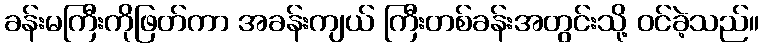
ခန်းမကြီးကိုဖြတ်ကာ အခန်းကျယ် ကြီးတစ်ခန်းအတွင်းသို့ ဝင်ခဲ့သည်။